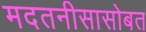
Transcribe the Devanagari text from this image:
मदतनीसासोबत